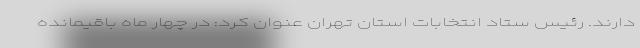
دارند. رئیس ستاد انتخابات استان تهران عنوان کرد: در چهار ماه باقیمانده